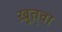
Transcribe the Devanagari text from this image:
ख़ुत़्बा